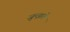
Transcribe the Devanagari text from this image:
जुन्झते